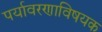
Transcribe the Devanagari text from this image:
पर्यावरणाविषयक